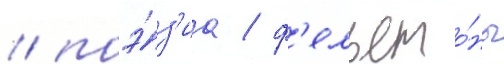
/ поэ́з'иа / ф'ельето́ны